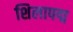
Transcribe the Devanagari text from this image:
शिलापद्म